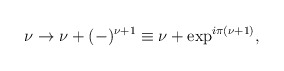
\begin{align*}\nu\rightarrow \nu+(-)^{\nu+1}\equiv \nu+\exp^{i\pi{(\nu+1})} ,\end{align*}